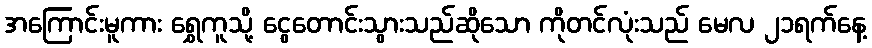
အကြောင်းမူကား ရွှေကူသို့ ငွေတောင်းသွားသည်ဆိုသော ကိုတင်လုံးသည် မေလ ၂၁ရက်နေ့